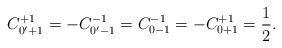
LaTeX: \begin{align*}C_{0'+1}^{+1} = -C_{0' -1}^{-1} = C_{0 -1}^{-1} =-C_{0 +1}^{+1} = \frac{1}{2}. \end{align*}